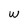
Character: w